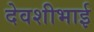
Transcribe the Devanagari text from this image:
देवशीभाई